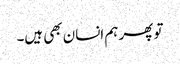
تو پھر ہم انسان بھی ہیں۔